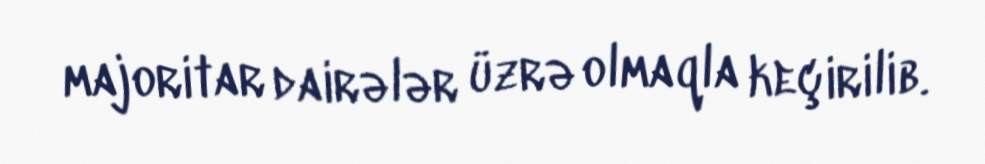
majoritar dairələr üzrə olmaqla keçirilib.